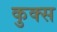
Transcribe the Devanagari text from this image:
कुक्स